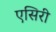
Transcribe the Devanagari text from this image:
एसिरी